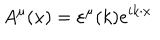
LaTeX: A ^ { \mu } ( x ) = \varepsilon ^ { \mu } ( k ) e ^ { i k \cdot x }